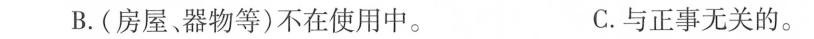
B.(房屋、器物等)不在使用中。 C.与正事无关的。